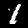
Label: 1